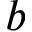
b